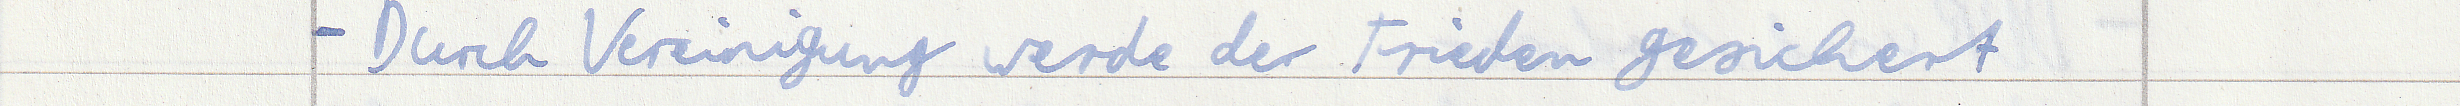
- Durch Vereinigung werde der Frieden gesichert